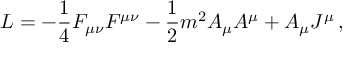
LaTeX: { \cal L } = - \frac { 1 } { 4 } F _ { \mu \nu } F ^ { \mu \nu } - \frac { 1 } { 2 } m ^ { 2 } A _ { \mu } A ^ { \mu } + A _ { \mu } J ^ { \mu } \, ,